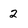
Character: 2